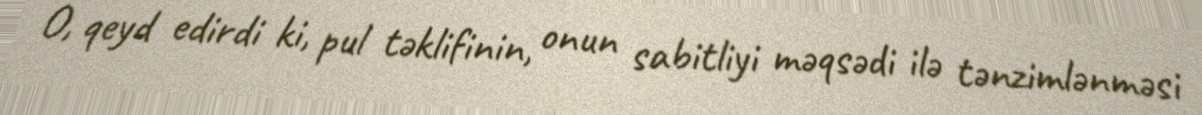
O, qeyd edirdi ki, pul təklifinin, onun sabitliyi məqsədi ilə tənzimlənməsi